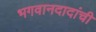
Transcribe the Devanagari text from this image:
भगवानदादांची